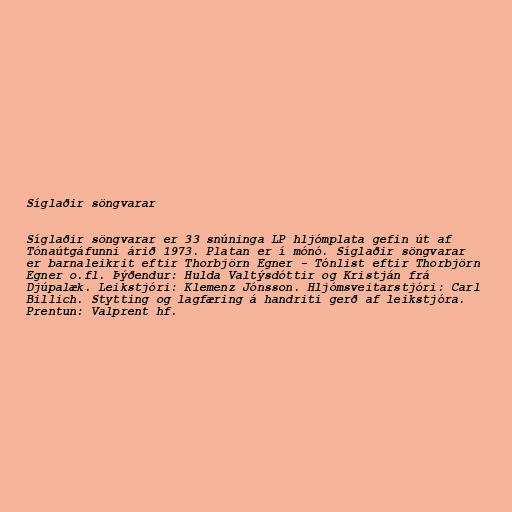
Síglaðir söngvarar

Síglaðir söngvarar er 33 snúninga LP hljómplata gefin út af
Tónaútgáfunni árið 1973. Platan er í mónó. Síglaðir söngvarar
er barnaleikrit eftir Thorbjörn Egner - Tónlist eftir Thorbjörn
Egner o.fl. Þýðendur: Hulda Valtýsdóttir og Kristján frá
Djúpalæk. Leikstjóri: Klemenz Jónsson. Hljómsveitarstjóri: Carl
Billich. Stytting og lagfæring á handriti gerð af leikstjóra.
Prentun: Valprent hf.